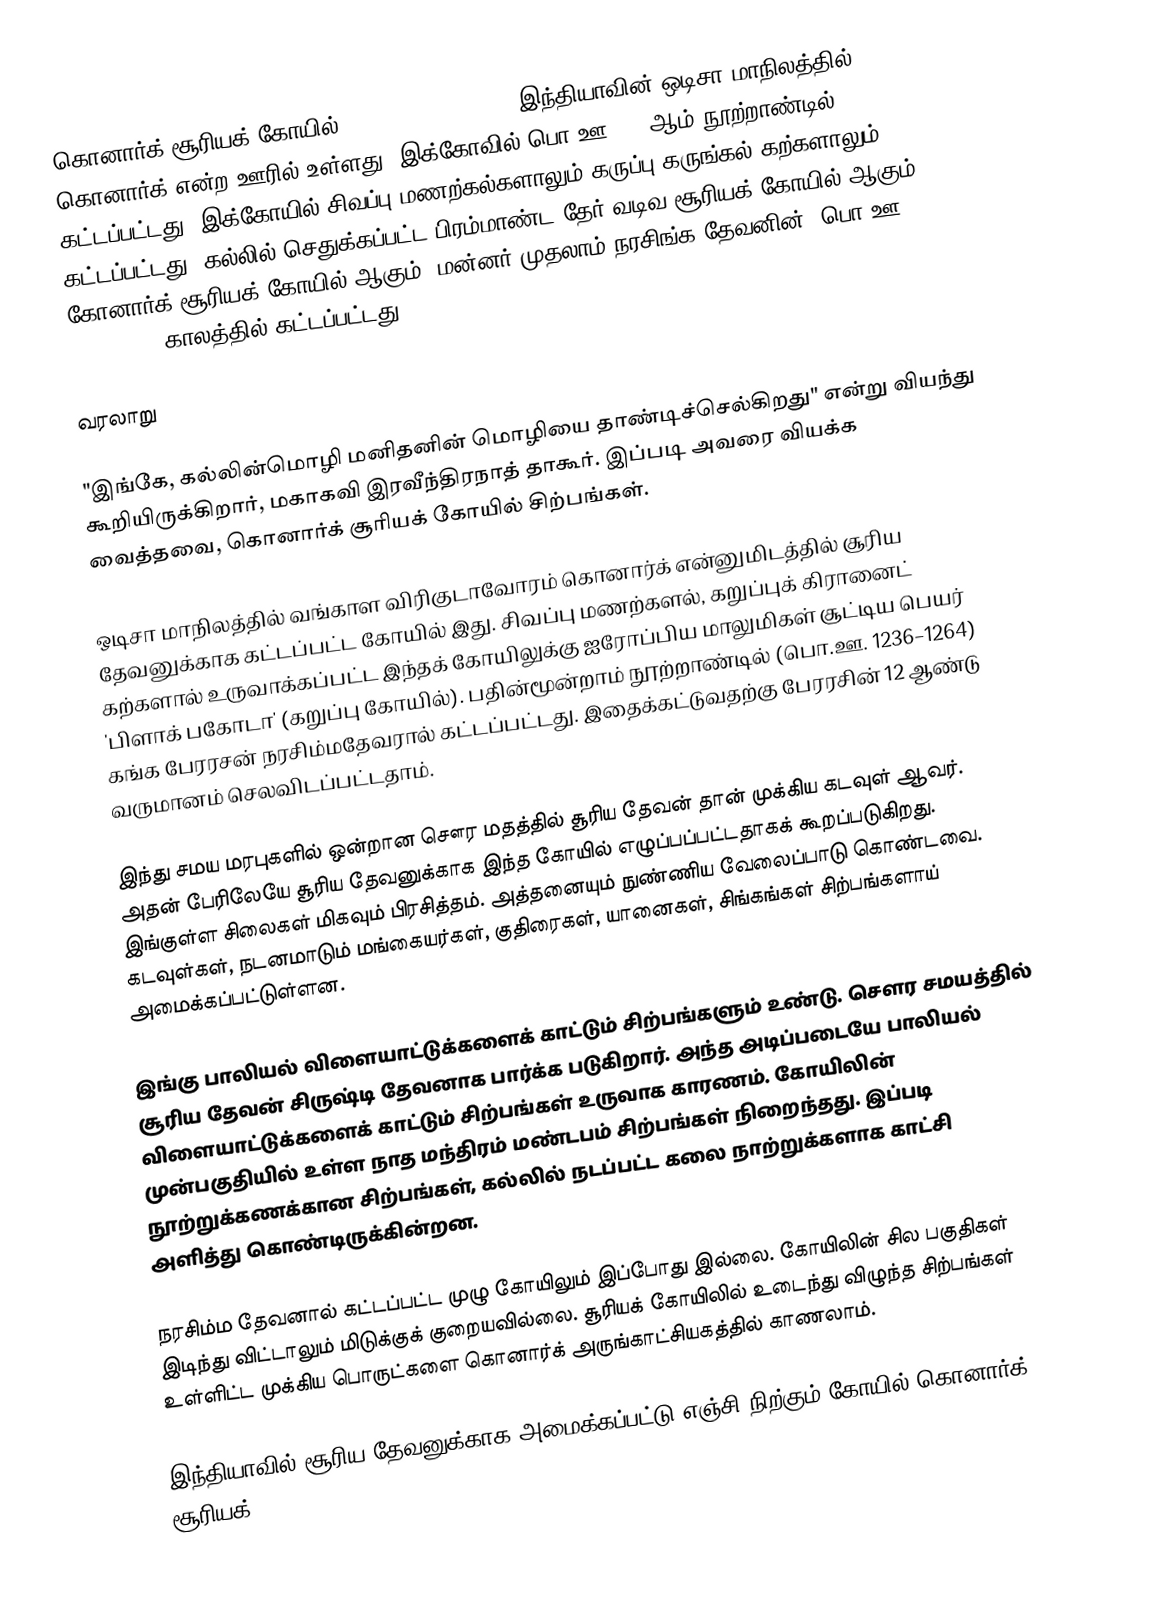
கொனார்க் சூரியக் கோயில் (Konark Sun Temple) இந்தியாவின் ஒடிசா மாநிலத்தில் கொனார்க் என்ற ஊரில்  உள்ளது. இக்கோவில் பொ.ஊ. 13-ஆம் நூற்றாண்டில் கட்டப்பட்டது. இக்கோயில் சிவப்பு மணற்கல்களாலும் கருப்பு கருங்கல் கற்களாலும் கட்டப்பட்டது. கல்லில் செதுக்கப்பட்ட பிரம்மாண்ட தேர் வடிவ சூரியக் கோயில் ஆகும். கோனார்க் சூரியக் கோயில் ஆகும். மன்னர் முதலாம் நரசிங்க தேவனின் (பொ.ஊ. 1238–1264) காலத்தில் கட்டப்பட்டது.

வரலாறு

"இங்கே, கல்லின்மொழி மனிதனின் மொழியை தாண்டிச்செல்கிறது" என்று வியந்து கூறியிருக்கிறார், மகாகவி இரவீந்திரநாத் தாகூர். இப்படி அவரை வியக்க வைத்தவை, கொனார்க் சூரியக் கோயில் சிற்பங்கள்.

ஒடிசா மாநிலத்தில் வங்காள விரிகுடாவோரம் கொனார்க் என்னுமிடத்தில் சூரிய தேவனுக்காக கட்டப்பட்ட கோயில் இது. சிவப்பு மணற்களல், கறுப்புக் கிரானைட் கற்களால் உருவாக்கப்பட்ட இந்தக் கோயிலுக்கு ஐரோப்பிய மாலுமிகள் சூட்டிய பெயர் 'பிளாக் பகோடா' (கறுப்பு கோயில்). பதின்மூன்றாம் நூற்றாண்டில் (பொ.ஊ. 1236–1264) கங்க பேரரசன் நரசிம்மதேவரால் கட்டப்பட்டது. இதைக்கட்டுவதற்கு பேரரசின் 12 ஆண்டு வருமானம் செலவிடப்பட்டதாம்.

இந்து சமய மரபுகளில் ஒன்றான சௌர மதத்தில் சூரிய தேவன் தான் முக்கிய கடவுள் ஆவர். அதன் பேரிலேயே சூரிய தேவனுக்காக இந்த கோயில் எழுப்பப்பட்டதாகக் கூறப்படுகிறது. இங்குள்ள சிலைகள் மிகவும் பிரசித்தம். அத்தனையும் நுண்ணிய வேலைப்பாடு கொண்டவை. கடவுள்கள், நடனமாடும் மங்கையர்கள், குதிரைகள், யானைகள், சிங்கங்கள் சிற்பங்களாய் அமைக்கப்பட்டுள்ளன.

இங்கு பாலியல் விளையாட்டுக்களைக் காட்டும் சிற்பங்களும் உண்டு. சௌர சமயத்தில் சூரிய தேவன் சிருஷ்டி தேவனாக பார்க்க படுகிறார். அந்த அடிப்படையே பாலியல் விளையாட்டுக்களைக் காட்டும் சிற்பங்கள் உருவாக காரணம். கோயிலின் முன்பகுதியில் உள்ள நாத மந்திரம் மண்டபம் சிற்பங்கள் நிறைந்தது. இப்படி நூற்றுக்கணக்கான சிற்பங்கள், கல்லில் நடப்பட்ட கலை நாற்றுக்களாக காட்சி அளித்து கொண்டிருக்கின்றன.

நரசிம்ம தேவனால் கட்டப்பட்ட முழு கோயிலும் இப்போது இல்லை. கோயிலின் சில பகுதிகள் இடிந்து விட்டாலும் மிடுக்குக் குறையவில்லை. சூரியக் கோயிலில் உடைந்து விழுந்த சிற்பங்கள் உள்ளிட்ட முக்கிய பொருட்களை கொனார்க் அருங்காட்சியகத்தில் காணலாம்.

இந்தியாவில் சூரிய தேவனுக்காக அமைக்கப்பட்டு எஞ்சி நிற்கும் கோயில் கொனார்க் சூரியக்